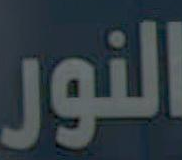
النور